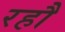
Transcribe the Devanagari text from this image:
रहौ